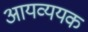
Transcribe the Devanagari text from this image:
आयव्ययक